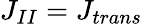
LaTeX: J_{II}=J_{trans}